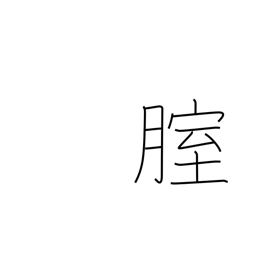
Meaning: vagina